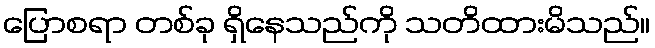
ပြောစရာ တစ်ခု ရှိနေသည်ကို သတိထားမိသည်။